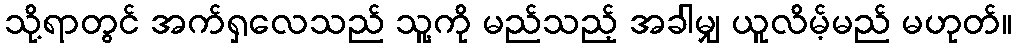
သို့ရာတွင် အက်ရှလေသည် သူ့ကို မည်သည့် အခါမျှ ယူလိမ့်မည် မဟုတ်။